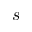
\boldsymbol { s }